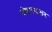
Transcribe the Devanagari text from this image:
पीटरकलर